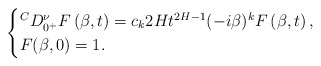
\begin{align*} \begin{cases} {}^C D_{0^+}^\nu F \left( \beta,t \right) = c_k2H t^{2H-1} (-i\beta)^k F \left( \beta, t \right), \\ F (\beta,0)=1. \end{cases} \end{align*}